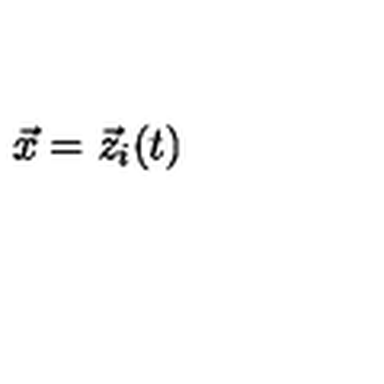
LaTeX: \vec { x } = \vec { z } _ { i } ( t ) \,